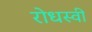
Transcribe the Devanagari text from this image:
रोधस्वी